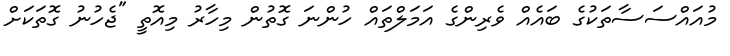
މުއައްސަސާތަކުގެ ބައެއް ވެރިންގެ އަމަލްތައް ހުންނަ ގޮތުން މިހާރު މިއޮތީ "ޖެހުނު ގޮތަކަށް